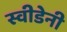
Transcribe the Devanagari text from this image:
स्वीडेनी